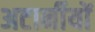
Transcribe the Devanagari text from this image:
अटार्नीयों